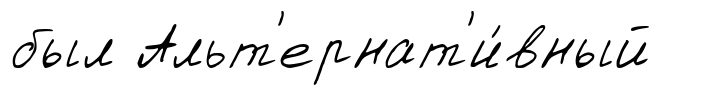
был Альт'ернат'и́вный